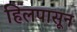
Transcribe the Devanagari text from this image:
हिलपासून